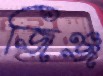
জিঞ্জ